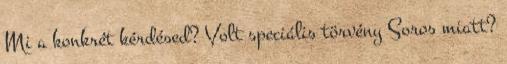
Mi a konkrét kérdésed? Volt speciális törvény Soros miatt?